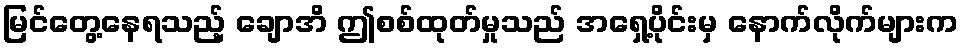
မြင်တွေ့နေရသည့် ချောအိ ဤစစ်ထုတ်မှုသည် အရှေ့ပိုင်းမှ နောက်လိုက်များက